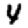
Digit: 4